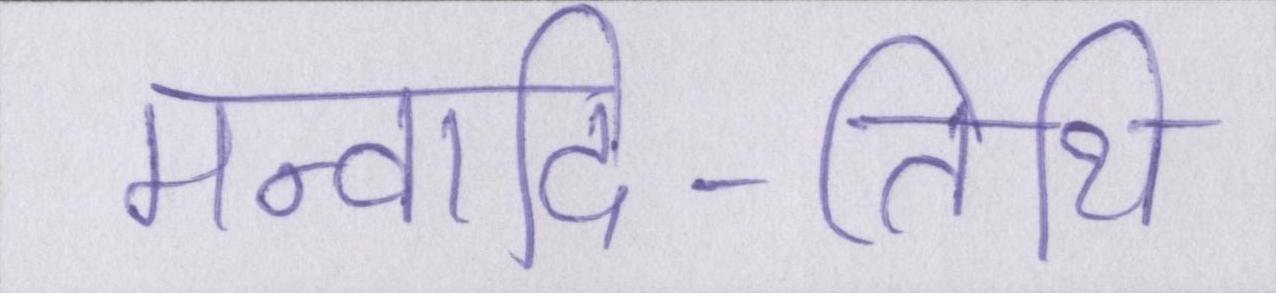
मन्वादि-तिथि